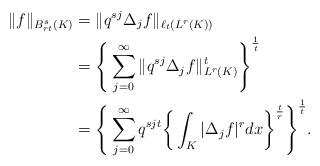
LaTeX: \begin{align*}\|f\|_{{ B_{rt}^s}(K)} &= \|q^{sj} \Delta_j f \| _{\ell_t(L^r(K))}\\&= \Bigg\{\sum\limits_{j=0}^{\infty} \|q^{sj} \Delta_j f\|^t_{L^r(K)} \Bigg\}^{\frac{1}{t}}\\&= \Bigg\{\sum_{j=0}^{\infty} q^{sjt} \bigg\{ \int_{K} |\Delta_j f|^r dx \bigg\}^{\frac{t}{r}} \Bigg\}^{\frac{1}{t}}.\end{align*}